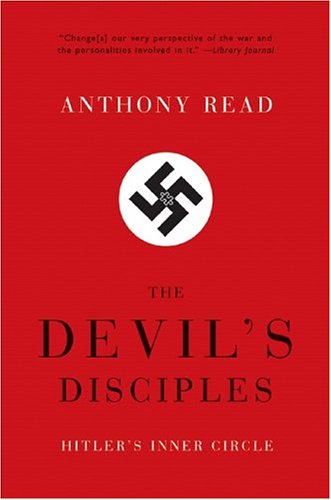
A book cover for The Devil's Disciples: Hitler's Inner Circle; Anthony Read; History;